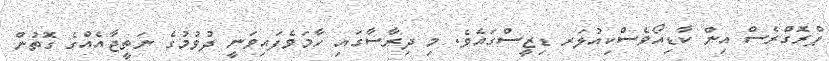
ޕްރޮގްރެސް އިން ކާޑިއޯވެސްކިއުލަރ ޑިޒީސްގައެވެ. މި ދިރާސާގައި ހާމަވެފައިވަނީ ދުވުމުގެ ނަތީޖާއެއްގެ ގޮތުން